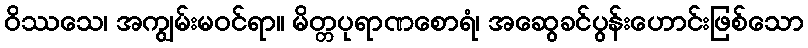
ဝိဿသေ၊ အကျွမ်းမဝင်ရာ။ မိတ္တပုရာဏစောရံ၊ အဆွေခင်ပွန်းဟောင်းဖြစ်သော